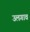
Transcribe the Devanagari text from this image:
उलगाव